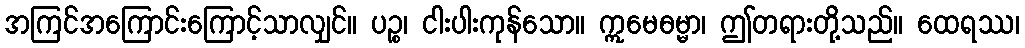
အကြင်အကြောင်းကြောင့်သာလျှင်။ ပဉ္စ၊ ငါးပါးကုန်သော။ ဣမေဓမ္မာ၊ ဤတရားတို့သည်။ ထေရဿ၊